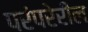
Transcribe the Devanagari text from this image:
परंपरेरील